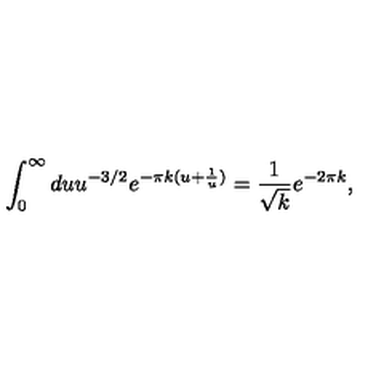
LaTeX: \int _ { 0 } ^ { \infty } d u u ^ { - 3 / 2 } e ^ { - \pi k ( u + \frac { 1 } { u } ) } = \frac { 1 } { \sqrt { k } } e ^ { - 2 \pi k } ,